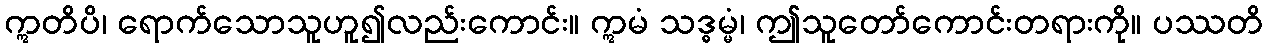
ဣတိပိ၊ ရောက်သောသူဟူ၍လည်းကောင်း။ ဣမံ သဒ္ဓမ္မံ၊ ဤသူတော်ကောင်းတရားကို။ ပဿတိ